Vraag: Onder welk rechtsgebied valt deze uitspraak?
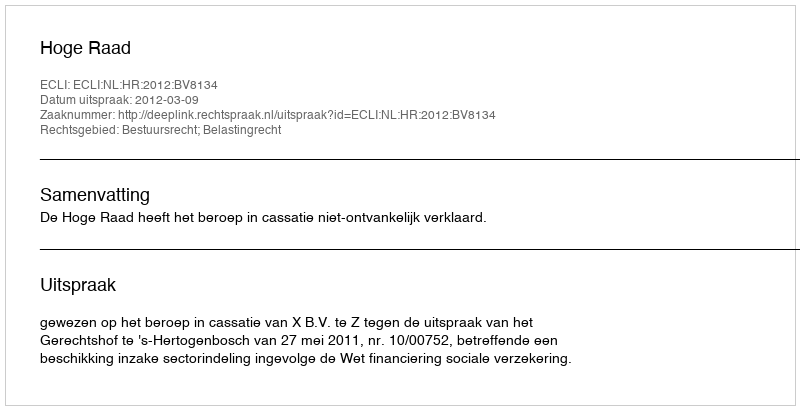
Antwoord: Bestuursrecht; Belastingrecht